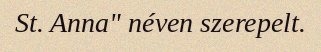
St. Anna" néven szerepelt.